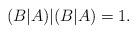
LaTeX: \begin{align*}(B|A)|(B|A)=1.\end{align*}